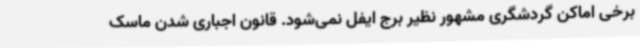
برخی اماکن گردشگری مشهور نظیر برج ایفل نمی‌شود. قانون اجباری شدن ماسک